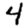
Digit: 4